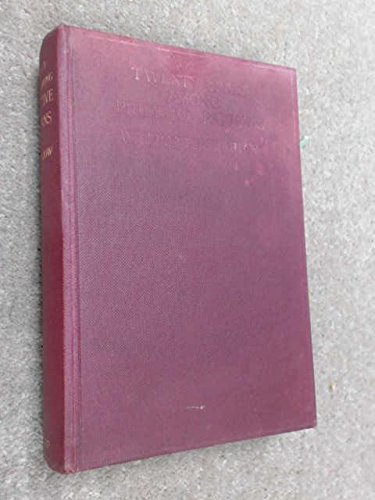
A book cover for Twenty years among primitive Papuans,; William Edward Bromilow; Travel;